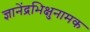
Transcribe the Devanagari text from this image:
ज्ञानेंद्रभिक्षुनामक